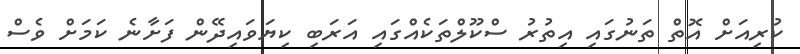
ކުރިއަށް އޮތް ތަނުގައި އިތުރު ސްކޫލްތަކެއްގައި އަރަބި ކިޔަވައިދޭން ފަށާނެ ކަމަށް ވެސް